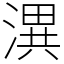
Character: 潩